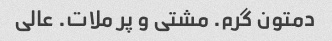
دمتون گرم. مشتی و پر ملات. عالی